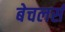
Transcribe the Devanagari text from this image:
बेचलर्स